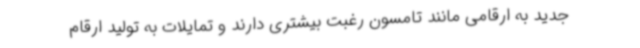
جدید به ارقامی مانند تامسون رغبت بیشتری دارند و تمایلات به تولید ارقام